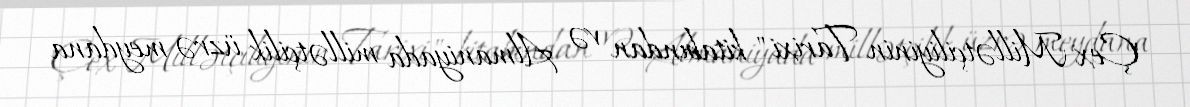
"Çex Millətçiliyinin Tarixi" kitabından və Almaniyada millətçilik üzrə meydana